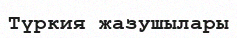
Түркия жазушылары